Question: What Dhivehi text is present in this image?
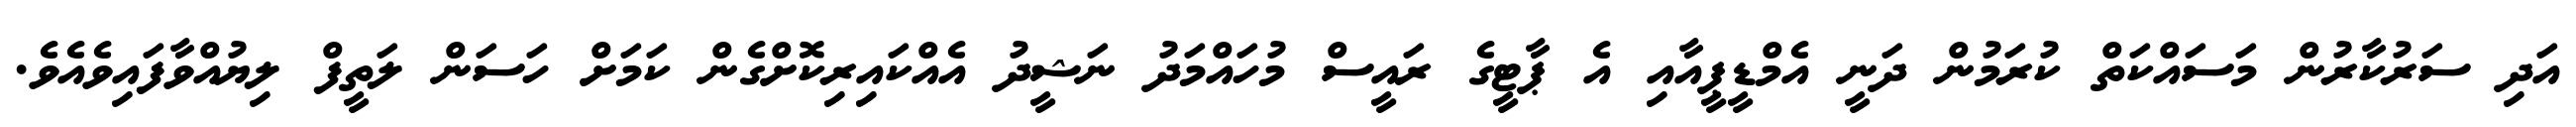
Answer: އަދި ސަރުކާރުން މަސައްކަތް ކުރަމުން ދަނީ އެމްޑީޕީއާއި އެ ޕާޓީގެ ރައީސް މުހައްމަދު ނަޝީދު އެއްކައިރިކޮށްގެން ކަމަށް ހަސަން ލަތީފް ލިޔުއްވާފައިވެއެވެ.